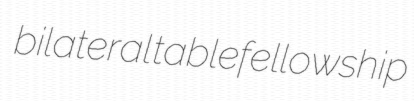
bilateral tablefellowship